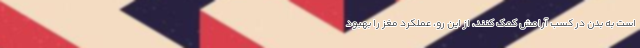
است به بدن در کسب آرامش کمک کنند، از این رو، عملکرد مغز را بهبود